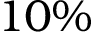
1 0 \%